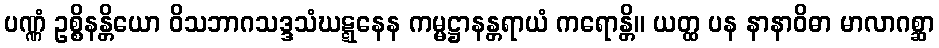
ပဏ္ဏံ ဥစ္စိနန္တိယော ဝိသဘာဂသဒ္ဒသံဃဋ္ဋနေန ကမ္မဋ္ဌာနန္တရာယံ ကရောန္တိ။ ယတ္ထ ပန နာနာဝိဓာ မာလာဂစ္ဆာ